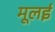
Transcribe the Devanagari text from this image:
मूलई